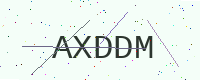
Text: AXDDM